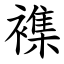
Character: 襍